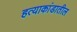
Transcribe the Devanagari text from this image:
हत्याकांडातील